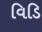
વિડિ